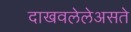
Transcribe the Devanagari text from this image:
दाखवलेलेअसते